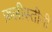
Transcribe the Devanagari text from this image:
फ़लीस्तीनी